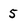
Character: 5